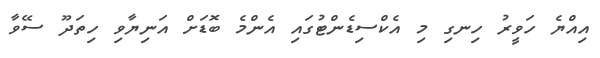
އިއްޔެ ހަވީރު ހިނގި މި އެކްސިޑެންޓުގައި އެންމެ ބޮޑަށް އަނިޔާވި ހިތަދޫ ސޭވާ